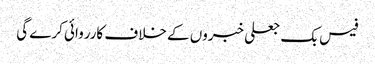
فیس بک جعلی خبروں کے خلاف کارروائی کرے گی